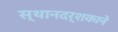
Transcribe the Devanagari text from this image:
स्थानदर्शकाने